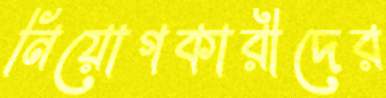
নিয়োগকারীদের